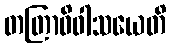
တတြာဓိဝါသယေတိ